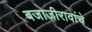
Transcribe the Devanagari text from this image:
बजाजीरावांचे